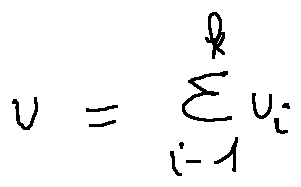
u = \sum \limits _ { i = 1 } ^ { k } u _ { i }